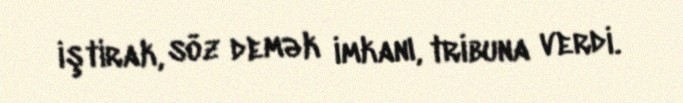
iştirak, söz demək imkanı, tribuna verdi.